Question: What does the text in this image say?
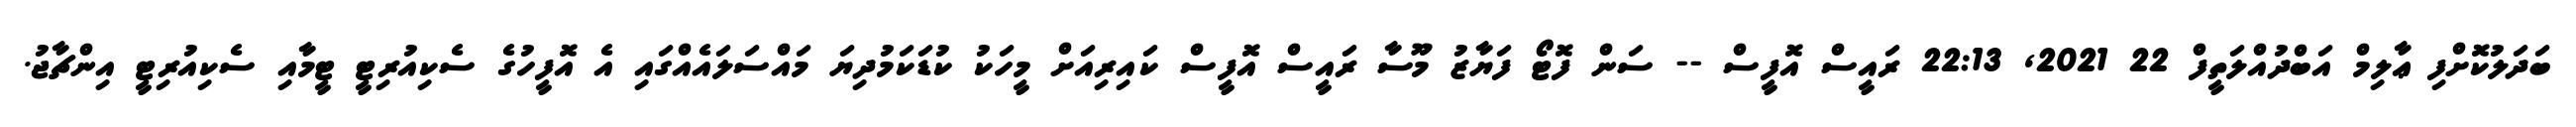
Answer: ބަދަލުކޮށްފި ޢާލިމް އަބްދުއްލަތީފް 22 2021, 22:13 ރައީސް އޮފީސް -- ސަން ފޮޓޯ ފަޔާޒު މޫސާ ރައީސް އޮފީސް ކައިރިއަށް މީހަކު ކުޑަކަމުދިޔަ މައްސަލައެއްގައި އެ އޮފީހުގެ ސެކިއުރިޓީ ޓީމާއި ސެކިއުރިޓީ އިންޗާޖު.